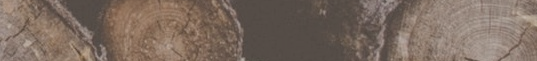
مركز لتدريب الأطفال على ت